Leaving Certificate Examination, 1903
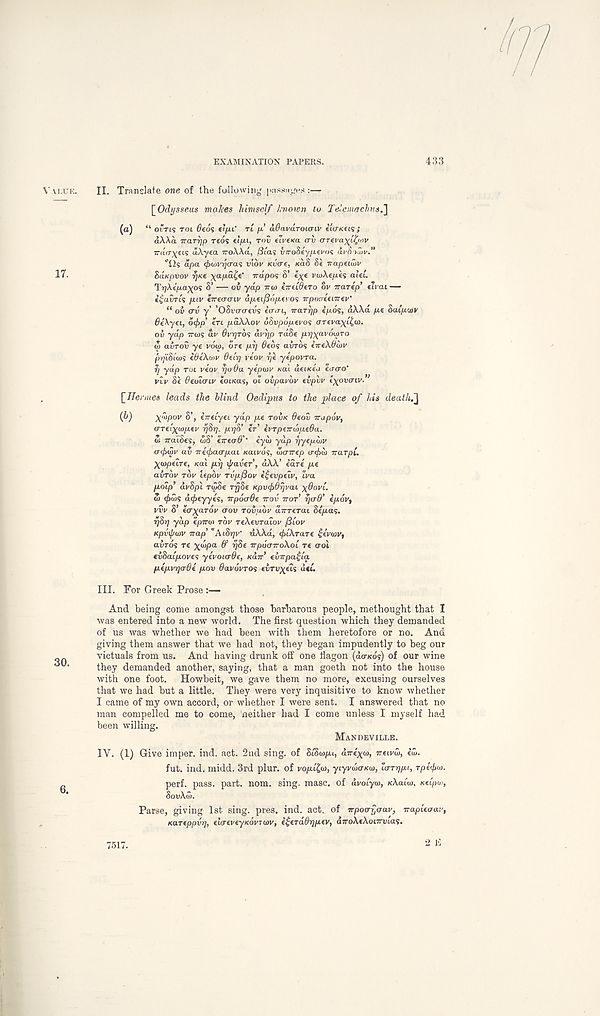
EXAMINATION PAPERS.
433
YVT.UK.
17.
30.
II. Translate one of the fallowing passages^
[Odysseus makes himself knoicn to Tele much ns.]
(a)
“ orris TOI 0€os tljxC TL fx aBavaTounv eio-Kci'; ;
aWa Trarrjp reds et/M, rov eivexa <TV orcea^i^ov
rrarr^eis dAyca -rroXKd, Bias vrroSty/xiwos aeSiiLe.”
"12s dpa <f>iovy<ras ride Kvcre, KCLS 8« irapeiaie
SaKpvov r)K€ yap.dC,e' trdpos 8’ €_)(€ eojAe/xes cuei.
TrjXipa^os S’ — or yap TTW tnudero ov rrarep’ tirai —
t^arris /lie tTreaaiv dp.€i/3np.(> os TTporreenrev'
“ oh err y’ ’OSrcrircrs eonri, naryp epos, dXXd pe Saipwv
6e\yei, 6<j>p’ In yuaXXoe d&vpopevos OTevayp^ut.
oh yap Trios av QVQTOS dvrjp rdSe prj)(av6u)TO
<S arror ye vdio, ore /t^ 0eds arrds eVeX^oje
prji&iiDS ede'Xtoe ^eir/ veoe r;e yepovra.
1] ydp TOI eeoe 7jo6a yepwv KO.I aeueea eaao'
vlv Se ^eoiirie eoixas, oi ohpavbv ehpvv t^ovaiv.
[Hermes leads the blind Oedipus to the place of his death.]
(b)
yfopov S’, erreiyei ydp pe TOOK Oeov irapov,
o-reixwptv r/brj. pyb’ er’ ivTpeirwpeOa.
Si TraiSes, coS’ eTread’" eyib yap r/yepiov
oefabiv av rreibaapai naivds, dairep (T<f>w narpi.
Xiopeire, Kal prj if/avef, dXX’ eare pe
ahrbv TOV lepbv TvpfSou e£evpeiv, Iva
poip’ duSpi rioSe rijSe KpvejiOrjvai )(6ovl.
S> efiuis def>eyyes, trpocr&e irov TTOT rjO’d’ epov,
ere S’ eir^arde aov rohpbv dirTerai Sepas.
rjSr] ydp eprro) roe reXerraioe ySioe
Kpvxjnnv irap’ "Aibrjv" uXXd, ^iXrare ^eeioe,
arrds re ^idpa 0’ ^8e irpocnroXoi re aol
erSai/xoees yevoterde, Karr’ erirpa^ia
pepvqaOe pov Oavovros eirr^eis <i«.
III. For Greek Prose :—
And being come amongst those barbarous people, methought that I
was entered into a new world. The first question which they demanded
of us was whether we had been with them heretofore or no. And
giving them answer that we had not, they began impudently to beg our
victuals from us. And having drunk off one flagon (do-Kos) of our wine
they demanded another, saying, that a man goeth not into the house
with one foot. Howbeit, we gave them no more, excusing ourselves
that we had but a little. They were very inquisitive to know whether
I came of my own accord, or whether I were sent. I answered that no
man compelled me to come, neither had I come unless I myself had
been willing.
MANDEVILLE.
IY. (1) Give imper. ind. act. 2nd sing, of Si'S top. i, dire^m, ireivw, eu>.
fut. ind. midd. 3rd plur. of vopifa, yiyvdio-Kw, lerrqpi, rpc^io.
perf. pass. part. nom. sing. masc. of dvoiyio, uXaitu, seipm,
SouXoi.
Parse, giving 1st sing. pres. ind. act. of irpoarjoav, napLeaar,
Kareppvrj, elaeveyKovriav, e^erddrjpev, diroXeXoiirvias.
7517.